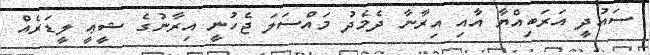
ސައުދީ އަރަބިއްޔާ އާއި އިރާނާ ދެމެދު މައްސަލަ ޖެހުނީ އިރާނުގެ ޝީޢީ ލީޑަރެއް